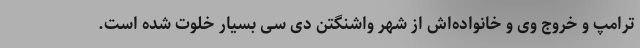
ترامپ و خروج وی و خانواده‌اش از شهر واشنگتن دی سی بسیار خلوت شده است.